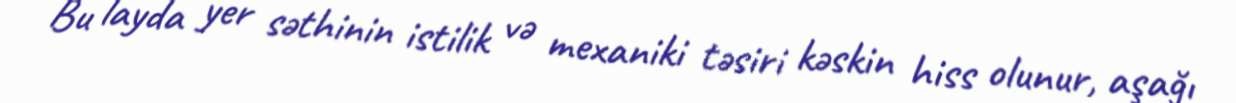
Bu layda yer səthinin istilik və mexaniki təsiri kəskin hiss olunur, aşağı